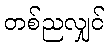
တစ်ညလျှင်